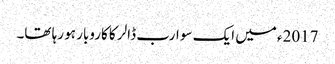
2017ء میں ایک سو ارب ڈالر کا کاروبار ہو رہا تھا۔